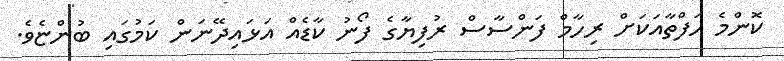
ކޮންމެ ހަފްތާއަކަށް ރިހާމް ފަންސާސް ރުފިޔާގެ ފޯނު ކާޑެއް އަޅައިދޭނަން ކަމުގައި ބުންޏެވެ.